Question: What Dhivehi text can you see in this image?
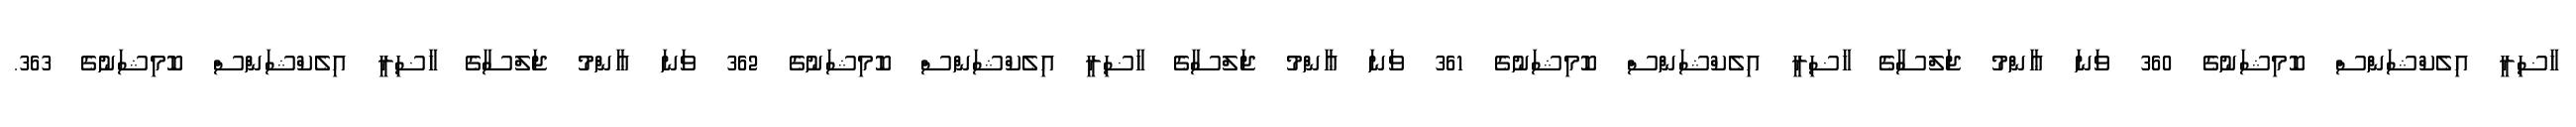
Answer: ހާޟިރީ އިލެކްޝަންސް ކޮމިޝަނުގެ 360 ވަނަ ޢާންމު ޖަލްސާގެ ހާޟިރީ އިލެކްޝަންސް ކޮމިޝަނުގެ 361 ވަނަ ޢާންމު ޖަލްސާގެ ހާޟިރީ އިލެކްޝަންސް ކޮމިޝަނުގެ 362 ވަނަ ޢާންމު ޖަލްސާގެ ހާޟިރީ އިލެކްޝަންސް ކޮމިޝަނުގެ 363.